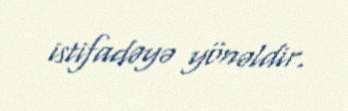
istifadəyə yönəldir.